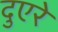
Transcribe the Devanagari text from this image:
दुएरे